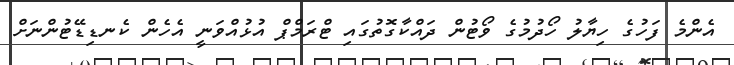
އެންމެ ފަހުގެ ހިޔާލު ހޯދުމުގެ ވޯޓުން ދައްކާގޮތުގައި ޓްރަމްޕް އުޅުއްވަނީ އެހެން ކެނޑިޑޭޓުންނަށް